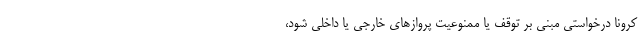
کرونا درخواستی مبنی بر توقف یا ممنوعیت پروازهای خارجی یا داخلی شود،